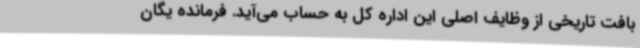
بافت تاریخی از وظایف اصلی این اداره کل به حساب می‌آید. فرمانده یگان